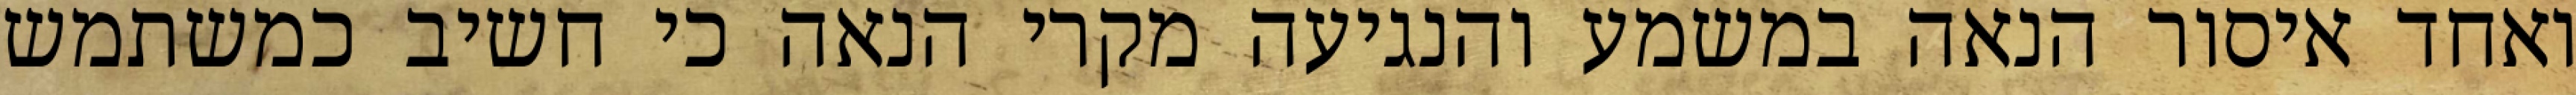
ואחד איסור הנאה במשמע והנגיעה מקרי הנאה כי חשיב כמשתמש